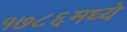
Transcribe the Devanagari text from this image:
१७८६मध्ये